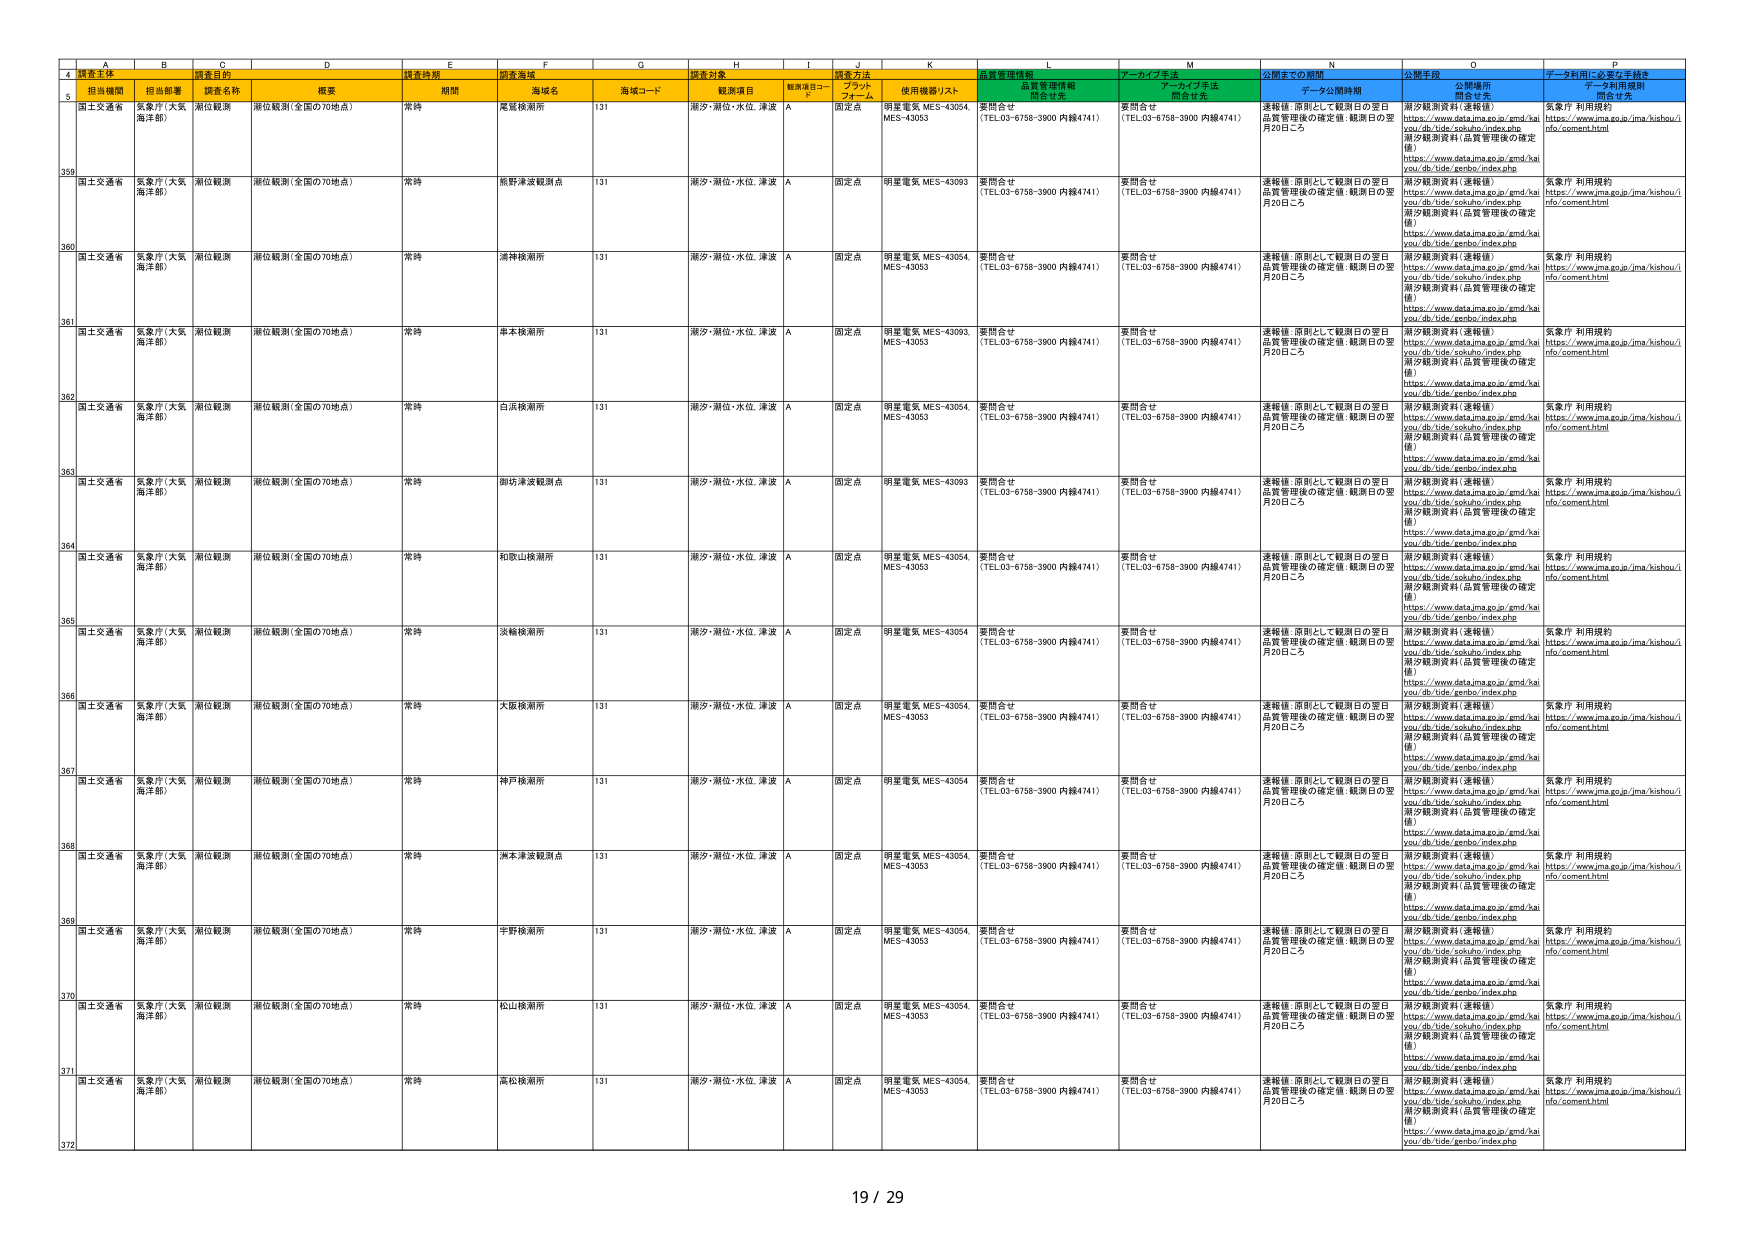
A   B   C   D   E   F   G   H   I   J   K   L   M   N   O   P
4   調査主体   調査目的   調査時期   調査海域   調査対象   調査方法   品質管理情報   アーカイブ手法   公開までの期間   公開手法   データ利用に必要な手続き
5   担当機関   担当部署   調査名称   概要   期間   海域名   海域コード   観測項目   観測項目コード   フロントフォーム   使用機器/リスト   問合せ先   問合せ先   データ公開時期   公開場所   データ利用規約
359   国土交通省   気象庁（大気海洋部）   潮位観測   潮位観測（全国の70地点）   常時   尾鷲検潮所   131   潮汐・潮位・水位、津波   A   固定点   明星電気 MES-43054, MES-43053   要問合せ（TEL.03-6758-3900 内線4741）   要問合せ（TEL.03-6758-3900 内線4741）   連続値（原則として観測日の翌日品質管理後の確定値：観測日の翌月20日ごろ）   潮汐観測資料（速報値）https://www.data.jma.go.jp/gmd/haiyou/db/tide/sokuhou/index.php潮汐観測資料（品質管理後の確定値）https://www.data.jma.go.jp/gmd/haiyou/db/tide/genbo/index.php   気象庁 利用規約https://www.jma.go.jp/jma/kishou/info/comment.html
360   国土交通省   気象庁（大気海洋部）   潮位観測   潮位観測（全国の70地点）   常時   熊野津波観測点   131   潮汐・潮位・水位、津波   A   固定点   明星電気 MES-43093   要問合せ（TEL.03-6758-3900 内線4741）   要問合せ（TEL.03-6758-3900 内線4741）   連続値（原則として観測日の翌日品質管理後の確定値：観測日の翌月20日ごろ）   潮汐観測資料（速報値）https://www.data.jma.go.jp/gmd/haiyou/db/tide/sokuhou/index.php潮汐観測資料（品質管理後の確定値）https://www.data.jma.go.jp/gmd/haiyou/db/tide/genbo/index.php   気象庁 利用規約https://www.jma.go.jp/jma/kishou/info/comment.html
361   国土交通省   気象庁（大気海洋部）   潮位観測   潮位観測（全国の70地点）   常時   満禅検潮所   131   潮汐・潮位・水位、津波   A   固定点   明星電気 MES-43054, MES-43053   要問合せ（TEL.03-6758-3900 内線4741）   要問合せ（TEL.03-6758-3900 内線4741）   連続値（原則として観測日の翌日品質管理後の確定値：観測日の翌月20日ごろ）   潮汐観測資料（速報値）https://www.data.jma.go.jp/gmd/haiyou/db/tide/sokuhou/index.php潮汐観測資料（品質管理後の確定値）https://www.data.jma.go.jp/gmd/haiyou/db/tide/genbo/index.php   気象庁 利用規約https://www.jma.go.jp/jma/kishou/info/comment.html
362   国土交通省   気象庁（大気海洋部）   潮位観測   潮位観測（全国の70地点）   常時   串本検潮所   131   潮汐・潮位・水位、津波   A   固定点   明星電気 MES-43093, MES-43053   要問合せ（TEL.03-6758-3900 内線4741）   要問合せ（TEL.03-6758-3900 内線4741）   連続値（原則として観測日の翌日品質管理後の確定値：観測日の翌月20日ごろ）   潮汐観測資料（速報値）https://www.data.jma.go.jp/gmd/haiyou/db/tide/sokuhou/index.php潮汐観測資料（品質管理後の確定値）https://www.data.jma.go.jp/gmd/haiyou/db/tide/genbo/index.php   気象庁 利用規約https://www.jma.go.jp/jma/kishou/info/comment.html
363   国土交通省   気象庁（大気海洋部）   潮位観測   潮位観測（全国の70地点）   常時   白浜検潮所   131   潮汐・潮位・水位、津波   A   固定点   明星電気 MES-43054, MES-43053   要問合せ（TEL.03-6758-3900 内線4741）   要問合せ（TEL.03-6758-3900 内線4741）   連続値（原則として観測日の翌日品質管理後の確定値：観測日の翌月20日ごろ）   潮汐観測資料（速報値）https://www.data.jma.go.jp/gmd/haiyou/db/tide/sokuhou/index.php潮汐観測資料（品質管理後の確定値）https://www.data.jma.go.jp/gmd/haiyou/db/tide/genbo/index.php   気象庁 利用規約https://www.jma.go.jp/jma/kishou/info/comment.html
364   国土交通省   気象庁（大気海洋部）   潮位観測   潮位観測（全国の70地点）   常時   御坊津波観測点   131   潮汐・潮位・水位、津波   A   固定点   明星電気 MES-43093   要問合せ（TEL.03-6758-3900 内線4741）   要問合せ（TEL.03-6758-3900 内線4741）   連続値（原則として観測日の翌日品質管理後の確定値：観測日の翌月20日ごろ）   潮汐観測資料（速報値）https://www.data.jma.go.jp/gmd/haiyou/db/tide/sokuhou/index.php潮汐観測資料（品質管理後の確定値）https://www.data.jma.go.jp/gmd/haiyou/db/tide/genbo/index.php   気象庁 利用規約https://www.jma.go.jp/jma/kishou/info/comment.html
365   国土交通省   気象庁（大気海洋部）   潮位観測   潮位観測（全国の70地点）   常時   和歌山検潮所   131   潮汐・潮位・水位、津波   A   固定点   明星電気 MES-43054, MES-43053   要問合せ（TEL.03-6758-3900 内線4741）   要問合せ（TEL.03-6758-3900 内線4741）   連続値（原則として観測日の翌日品質管理後の確定値：観測日の翌月20日ごろ）   潮汐観測資料（速報値）https://www.data.jma.go.jp/gmd/haiyou/db/tide/sokuhou/index.php潮汐観測資料（品質管理後の確定値）https://www.data.jma.go.jp/gmd/haiyou/db/tide/genbo/index.php   気象庁 利用規約https://www.jma.go.jp/jma/kishou/info/comment.html
366   国土交通省   気象庁（大気海洋部）   潮位観測   潮位観測（全国の70地点）   常時   淡輪検潮所   131   潮汐・潮位・水位、津波   A   固定点   明星電気 MES-43054   要問合せ（TEL.03-6758-3900 内線4741）   要問合せ（TEL.03-6758-3900 内線4741）   連続値（原則として観測日の翌日品質管理後の確定値：観測日の翌月20日ごろ）   潮汐観測資料（速報値）https://www.data.jma.go.jp/gmd/haiyou/db/tide/sokuhou/index.php潮汐観測資料（品質管理後の確定値）https://www.data.jma.go.jp/gmd/haiyou/db/tide/genbo/index.php   気象庁 利用規約https://www.jma.go.jp/jma/kishou/info/comment.html
367   国土交通省   気象庁（大気海洋部）   潮位観測   潮位観測（全国の70地点）   常時   大阪検潮所   131   潮汐・潮位・水位、津波   A   固定点   明星電気 MES-43054, MES-43053   要問合せ（TEL.03-6758-3900 内線4741）   要問合せ（TEL.03-6758-3900 内線4741）   連続値（原則として観測日の翌日品質管理後の確定値：観測日の翌月20日ごろ）   潮汐観測資料（速報値）https://www.data.jma.go.jp/gmd/haiyou/db/tide/sokuhou/index.php潮汐観測資料（品質管理後の確定値）https://www.data.jma.go.jp/gmd/haiyou/db/tide/genbo/index.php   気象庁 利用規約https://www.jma.go.jp/jma/kishou/info/comment.html
368   国土交通省   気象庁（大気海洋部）   潮位観測   潮位観測（全国の70地点）   常時   神戸検潮所   131   潮汐・潮位・水位、津波   A   固定点   明星電気 MES-43054   要問合せ（TEL.03-6758-3900 内線4741）   要問合せ（TEL.03-6758-3900 内線4741）   連続値（原則として観測日の翌日品質管理後の確定値：観測日の翌月20日ごろ）   潮汐観測資料（速報値）https://www.data.jma.go.jp/gmd/haiyou/db/tide/sokuhou/index.php潮汐観測資料（品質管理後の確定値）https://www.data.jma.go.jp/gmd/haiyou/db/tide/genbo/index.php   気象庁 利用規約https://www.jma.go.jp/jma/kishou/info/comment.html
369   国土交通省   気象庁（大気海洋部）   潮位観測   潮位観測（全国の70地点）   常時   洲本津波観測点   131   潮汐・潮位・水位、津波   A   固定点   明星電気 MES-43054, MES-43053   要問合せ（TEL.03-6758-3900 内線4741）   要問合せ（TEL.03-6758-3900 内線4741）   連続値（原則として観測日の翌日品質管理後の確定値：観測日の翌月20日ごろ）   潮汐観測資料（速報値）https://www.data.jma.go.jp/gmd/haiyou/db/tide/sokuhou/index.php潮汐観測資料（品質管理後の確定値）https://www.data.jma.go.jp/gmd/haiyou/db/tide/genbo/index.php   気象庁 利用規約https://www.jma.go.jp/jma/kishou/info/comment.html
370   国土交通省   気象庁（大気海洋部）   潮位観測   潮位観測（全国の70地点）   常時   半野検潮所   131   潮汐・潮位・水位、津波   A   固定点   明星電気 MES-43054, MES-43053   要問合せ（TEL.03-6758-3900 内線4741）   要問合せ（TEL.03-6758-3900 内線4741）   連続値（原則として観測日の翌日品質管理後の確定値：観測日の翌月20日ごろ）   潮汐観測資料（速報値）https://www.data.jma.go.jp/gmd/haiyou/db/tide/sokuhou/index.php潮汐観測資料（品質管理後の確定値）https://www.data.jma.go.jp/gmd/haiyou/db/tide/genbo/index.php   気象庁 利用規約https://www.jma.go.jp/jma/kishou/info/comment.html
371   国土交通省   気象庁（大気海洋部）   潮位観測   潮位観測（全国の70地点）   常時   松山検潮所   131   潮汐・潮位・水位、津波   A   固定点   明星電気 MES-43054, MES-43053   要問合せ（TEL.03-6758-3900 内線4741）   要問合せ（TEL.03-6758-3900 内線4741）   連続値（原則として観測日の翌日品質管理後の確定値：観測日の翌月20日ごろ）   潮汐観測資料（速報値）https://www.data.jma.go.jp/gmd/haiyou/db/tide/sokuhou/index.php潮汐観測資料（品質管理後の確定値）https://www.data.jma.go.jp/gmd/haiyou/db/tide/genbo/index.php   気象庁 利用規約https://www.jma.go.jp/jma/kishou/info/comment.html
372   国土交通省   気象庁（大気海洋部）   潮位観測   潮位観測（全国の70地点）   常時   高松検潮所   131   潮汐・潮位・水位、津波   A   固定点   明星電気 MES-43054, MES-43053   要問合せ（TEL.03-6758-3900 内線4741）   要問合せ（TEL.03-6758-3900 内線4741）   連続値（原則として観測日の翌日品質管理後の確定値：観測日の翌月20日ごろ）   潮汐観測資料（速報値）https://www.data.jma.go.jp/gmd/haiyou/db/tide/sokuhou/index.php潮汐観測資料（品質管理後の確定値）https://www.data.jma.go.jp/gmd/haiyou/db/tide/genbo/index.php   気象庁 利用規約https://www.jma.go.jp/jma/kishou/info/comment.html
19 / 29